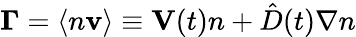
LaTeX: \mathbf{\Gamma}=\langle n\mathbf{v}\rangle\equiv\mathbf{V}(t)n+\hat{D}(t)\nabla n